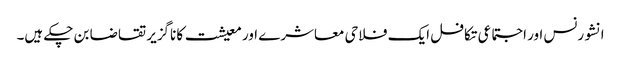
انشورنس اور اجتماعی تکافل ایک فلاحی معاشرے اور معیشت کا ناگزیر تقاضا بن چکے ہیں۔